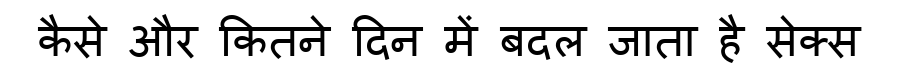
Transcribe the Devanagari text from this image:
कैसे और कितने दिन में बदल जाता है सेक्स